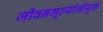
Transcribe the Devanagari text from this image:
जीवनमूल्यांनीयुक्त